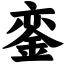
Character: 銮